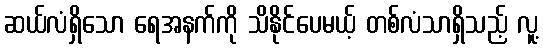
ဆယ်လံရှိသော ရေအနက်ကို သိနိုင်ပေမယ့် တစ်လံသာရှိသည့် လူ့